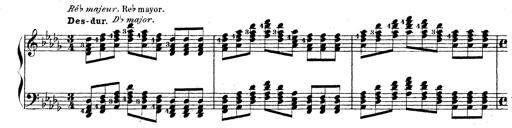
Title: Technische Studien
Composer: Franz Liszt